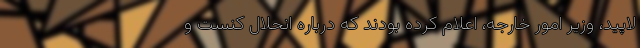
لاپید، وزیر امور خارجه، اعلام کرده بودند که درباره انحلال کنست و